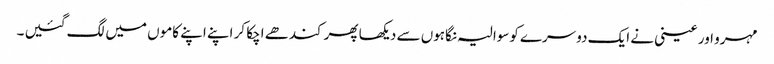
مہرو اور عینی نے ایک دوسرے کوسوالیہ نگاہوں سے دیکھا پھر کندھے اچکا کر اپنے اپنے کاموں میں لگ گئیں ۔